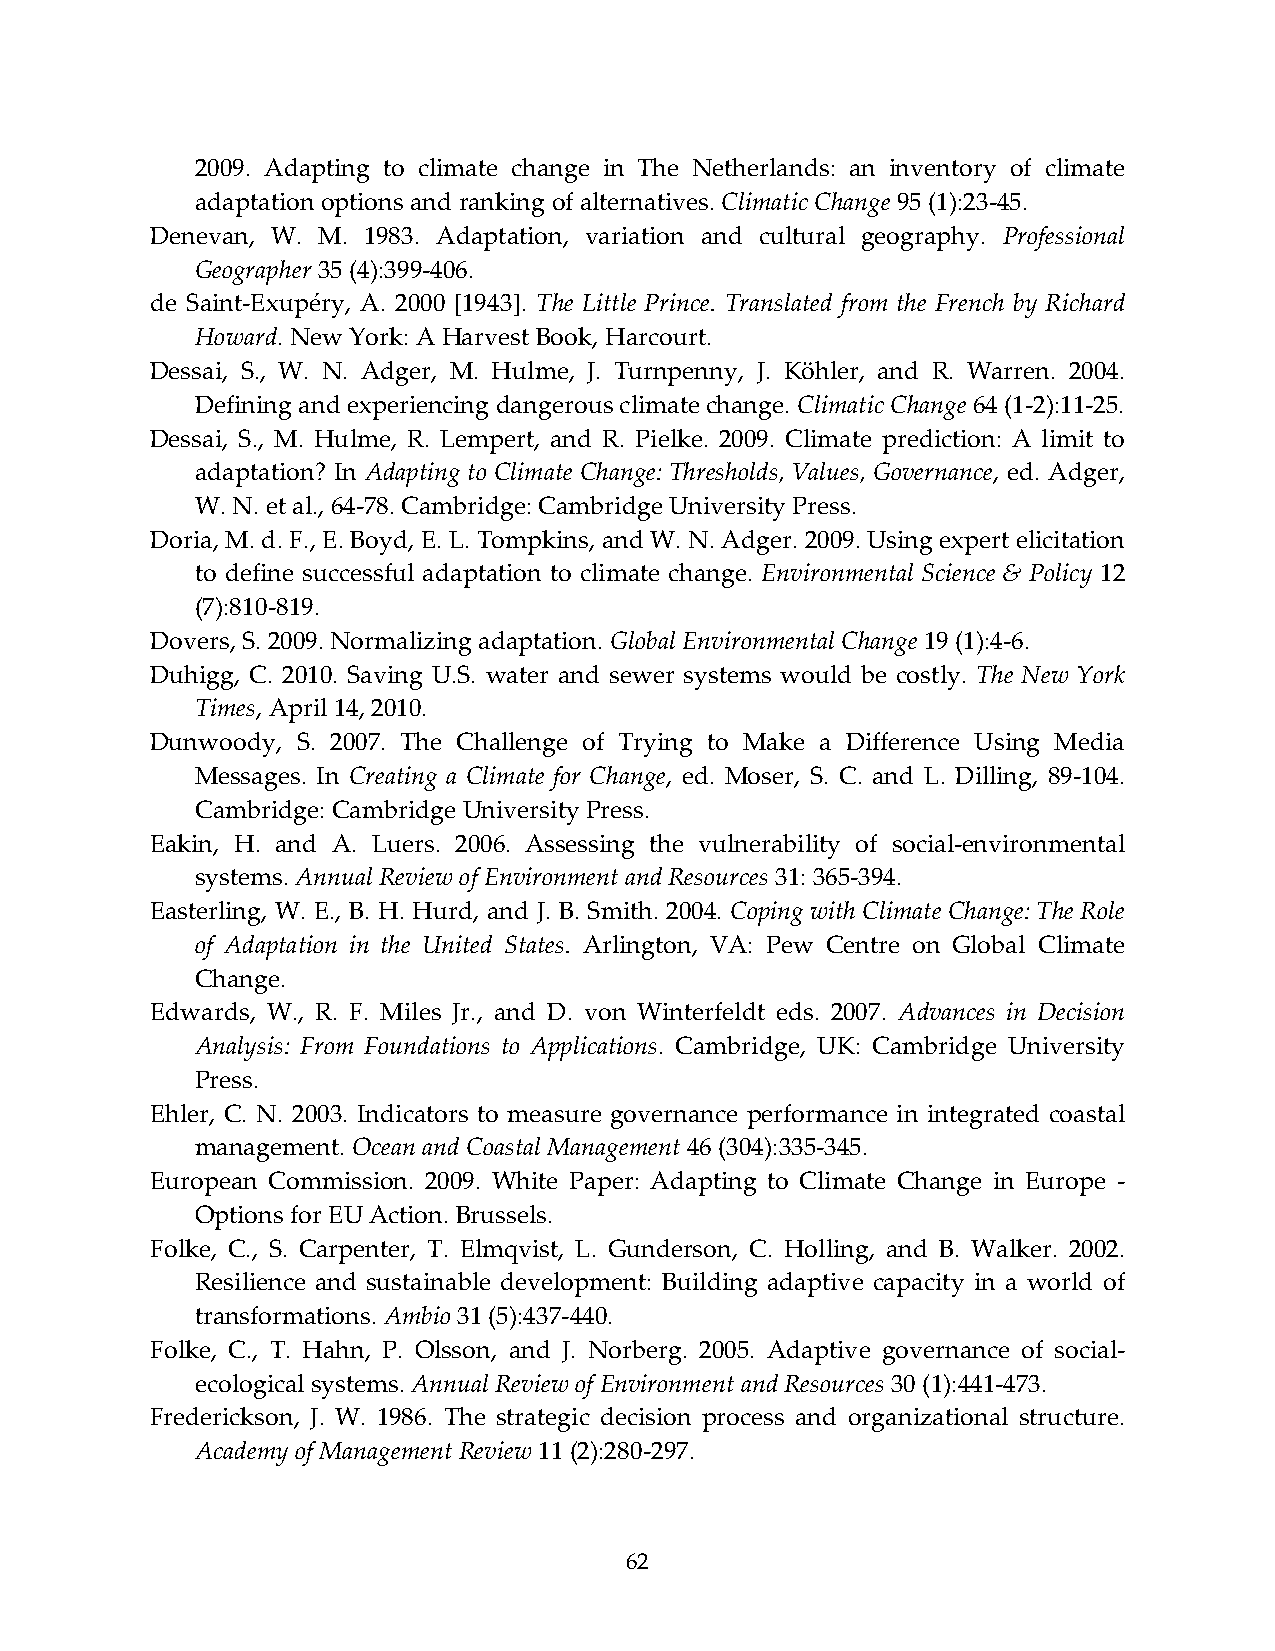
2009. Adapting to climate change in The Netherlands: an inventory of climate
 adaptation options and ranking of alternatives. Climatic Change 95 (1):23‐45.
 Denevan, W. M. 1983. Adaptation, variation and cultural geography. Professional
 Geographer 35 (4):399‐406.
 de Saint‐Exupéry, A. 2000 [1943]. The Little Prince. Translated from the French by Richard
 Howard. New York: A Harvest Book, Harcourt.
 Dessai, S., W. N. Adger, M. Hulme, J. Turnpenny, J. Köhler, and R. Warren. 2004.
 Defining and experiencing dangerous climate change. Climatic Change 64 (1‐2):11‐25.
 Dessai, S., M. Hulme, R. Lempert, and R. Pielke. 2009. Climate prediction: A limit to
 adaptation? In Adapting to Climate Change: Thresholds, Values, Governance, ed. Adger,
 W. N. et al., 64‐78. Cambridge: Cambridge University Press.
 Doria, M. d. F., E. Boyd, E. L. Tompkins, and W. N. Adger. 2009. Using expert elicitation
 to define successful adaptation to climate change. Environmental Science & Policy 12
 (7):810‐819.
 Dovers, S. 2009. Normalizing adaptation. Global Environmental Change 19 (1):4‐6.
 Duhigg, C. 2010. Saving U.S. water and sewer systems would be costly. The New York
 Times, April 14, 2010.
 Dunwoody, S. 2007. The Challenge of Trying to Make a Difference Using Media
 Messages. In Creating a Climate for Change, ed. Moser, S. C. and L. Dilling, 89‐104.
 Cambridge: Cambridge University Press.
 Eakin, H. and A. Luers. 2006. Assessing the vulnerability of social‐environmental
 systems. Annual Review of Environment and Resources 31: 365‐394.
 Easterling, W. E., B. H. Hurd, and J. B. Smith. 2004. Coping with Climate Change: The Role
 of Adaptation in the United States. Arlington, VA: Pew Centre on Global Climate
 Change.
 Edwards, W., R. F. Miles Jr., and D. von Winterfeldt eds. 2007. Advances in Decision
 Analysis: From Foundations to Applications. Cambridge, UK: Cambridge University
 Press.
 Ehler, C. N. 2003. Indicators to measure governance performance in integrated coastal
 management. Ocean and Coastal Management 46 (304):335‐345.
 European Commission. 2009. White Paper: Adapting to Climate Change in Europe ‐
 Options for EU Action. Brussels.
 Folke, C., S. Carpenter, T. Elmqvist, L. Gunderson, C. Holling, and B. Walker. 2002.
 Resilience and sustainable development: Building adaptive capacity in a world of
 transformations. Ambio 31 (5):437‐440.
 Folke, C., T. Hahn, P. Olsson, and J. Norberg. 2005. Adaptive governance of social‐
 ecological systems. Annual Review of Environment and Resources 30 (1):441‐473.
 Frederickson, J. W. 1986. The strategic decision process and organizational structure.
 Academy of Management Review 11 (2):280‐297.
 62